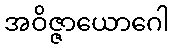
အဝိဇ္ဇာယောဂေါ